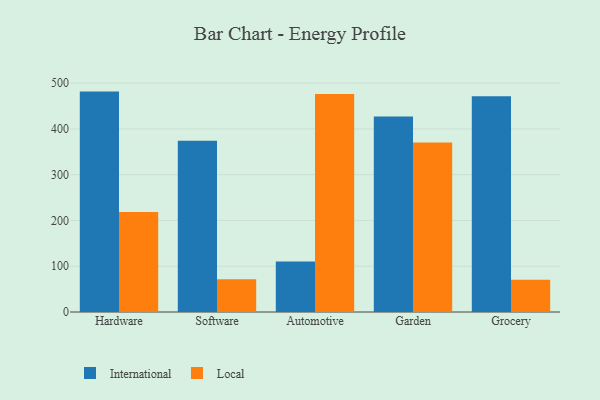
{"axis": {"x": "Category", "y": "Temperature (°C)"}, "legend": ["International", "Local"], "data": [{"x": "Hardware", "y": 481.4, "type": "International"}, {"x": "Hardware", "y": 218.2, "type": "Local"}, {"x": "Software", "y": 373.9, "type": "International"}, {"x": "Software", "y": 71.6, "type": "Local"}, {"x": "Automotive", "y": 110.4, "type": "International"}, {"x": "Automotive", "y": 476.3, "type": "Local"}, {"x": "Garden", "y": 427.0, "type": "International"}, {"x": "Garden", "y": 370.1, "type": "Local"}, {"x": "Grocery", "y": 471.4, "type": "International"}, {"x": "Grocery", "y": 70.7, "type": "Local"}]}